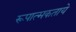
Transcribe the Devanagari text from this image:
रूपात्मकताये